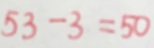
5 3 - 3 = 5 0